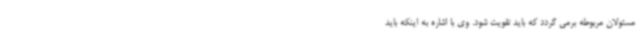
مسئولان مربوطه برمی گردد که باید تقویت شود. وی با اشاره به اینکه باید